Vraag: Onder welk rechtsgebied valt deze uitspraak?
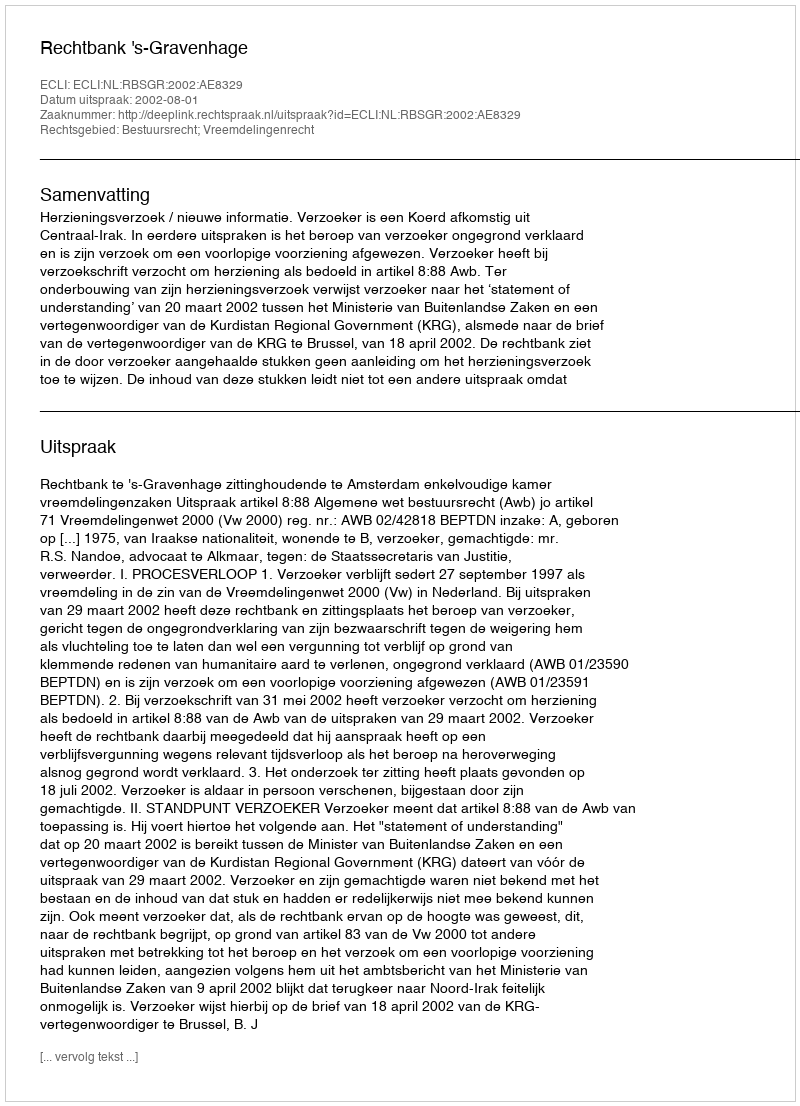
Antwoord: Bestuursrecht; Vreemdelingenrecht